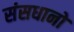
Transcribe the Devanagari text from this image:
संसधानों